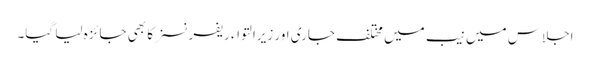
اجلاس میں نیب میں مختلف جاری اور زیرالتواء ریفرنسز کا بھی جائزہ لیا گیا۔